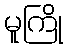
မူကြို